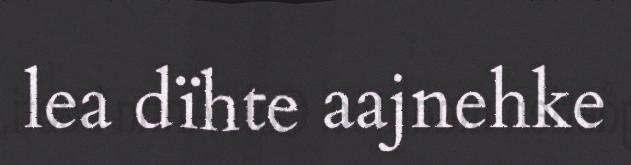
lea dïhte aajnehke